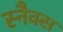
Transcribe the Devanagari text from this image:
स्‍नैक्स